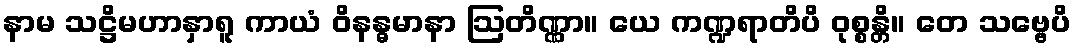
နာမ သဋ္ဌိမဟာနှာရူ ကာယံ ဝိနန္ဓမာနာ ဩတိဏ္ဏာ။ ယေ ကဏ္ဍရာတိပိ ဝုစ္စန္တိ။ တေ သဗ္ဗေပိ